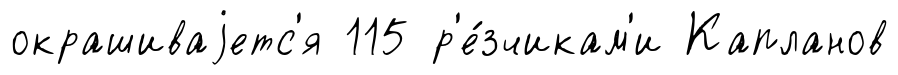
окрашиваjетс'я 115 р'е́зчикам'и Капланов